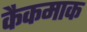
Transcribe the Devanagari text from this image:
कैकमाक